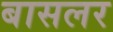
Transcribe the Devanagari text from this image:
बासलर